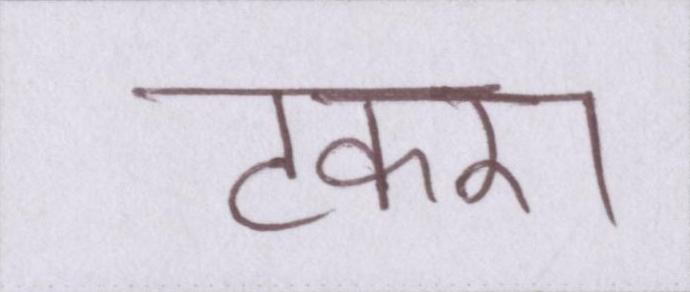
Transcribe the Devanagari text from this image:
टकरा